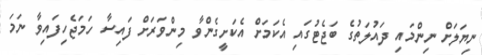
ނިޔަލަށް ނިންމައި ދައުލަތުގެ ބަޖެޓުގައި އެކަމަށް އެކަށީގެންވާ މިންވަރަށް ފައިސާ ހަމަޖެހިފައިވާ ނަމަ